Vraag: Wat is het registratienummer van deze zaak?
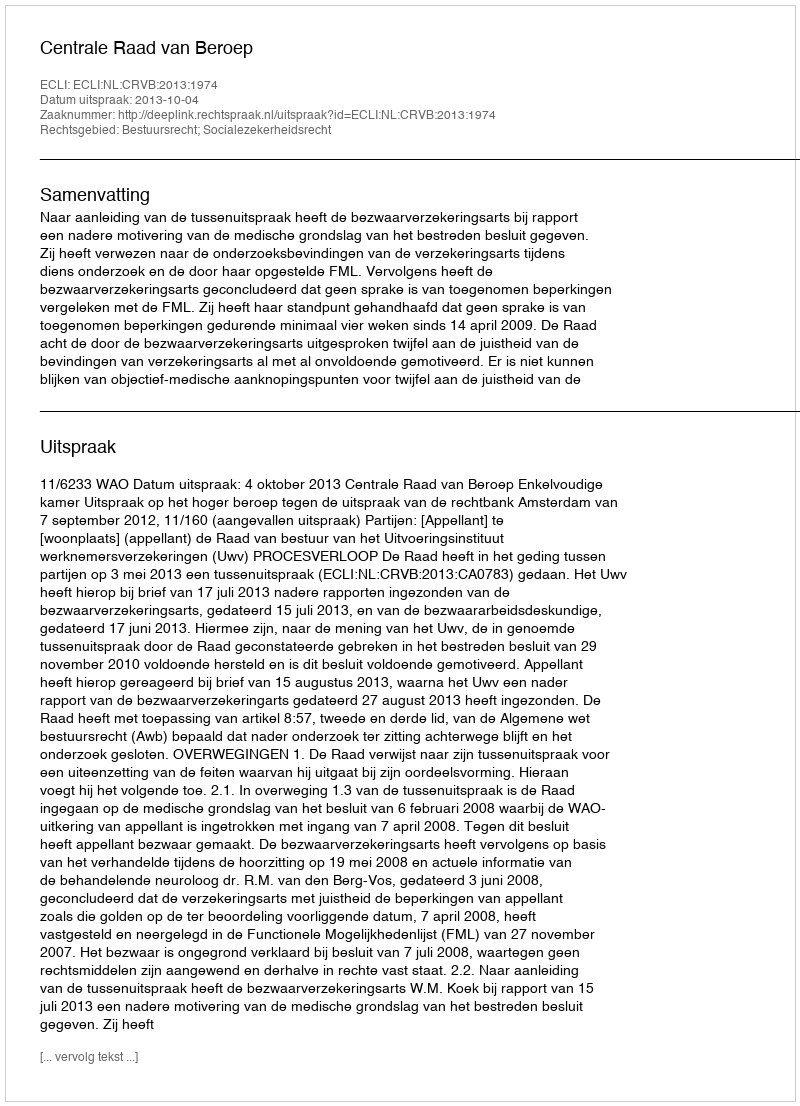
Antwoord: http://deeplink.rechtspraak.nl/uitspraak?id=ECLI:NL:CRVB:2013:1974